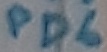
Text: PD6